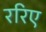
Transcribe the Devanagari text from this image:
ररिए